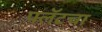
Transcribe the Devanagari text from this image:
फ्लॅटचा